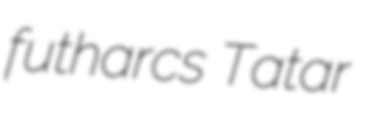
futharcs Tatar